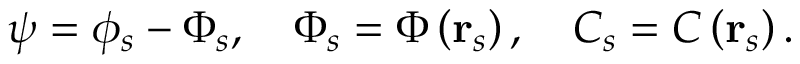
\psi = \phi _ { s } - \Phi _ { s } , \quad \Phi _ { s } = \Phi \left( \mathbf { r } _ { s } \right) , \quad C _ { s } = C \left( \mathbf { r } _ { s } \right) .